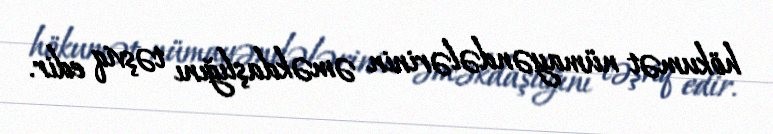
hökumət nümayəndələrinin əməkdaşlığını təşviq edir.